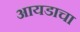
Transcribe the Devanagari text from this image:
आयडाचा